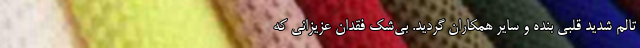
تالم شدید قلبی بنده و سایر همکاران گردید. بی‌شک فقدان عزیزانی که